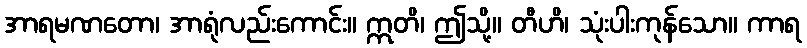
အာရမဏတော၊ အာရုံလည်းကောင်း။ ဣတိ၊ ဤသို့။ တီဟိ၊ သုံးပါးကုန်သော။ ကာရ